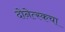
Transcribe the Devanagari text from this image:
दोनेत्स्कचा